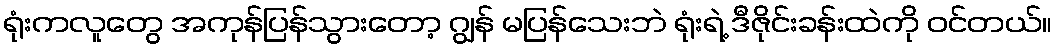
ရုံးကလူတွေ အကုန်ပြန်သွားတော့ ဂျွန် မပြန်သေးဘဲ ရုံးရဲ့ ဒီဇိုင်းခန်းထဲကို ဝင်တယ်။